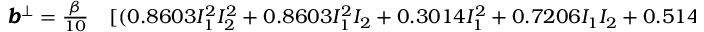
\begin{array} { r l } { \pmb { b } ^ { \bot } = \frac { \beta } { 1 0 } } & { { } [ ( 0 . 8 6 0 3 I _ { 1 } ^ { 2 } I _ { 2 } ^ { 2 } + 0 . 8 6 0 3 I _ { 1 } ^ { 2 } I _ { 2 } + 0 . 3 0 1 4 I _ { 1 } ^ { 2 } + 0 . 7 2 0 6 I _ { 1 } I _ { 2 } + 0 . 5 1 4 4 I _ { 1 } ) \pmb { T } ^ { 1 } } \end{array}